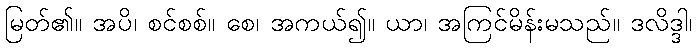
မြတ်၏။ အပိ၊ စင်စစ်။ စေ၊ အကယ်၍။ ယာ၊ အကြင်မိန်းမသည်။ ဒလိဒ္ဒါ၊